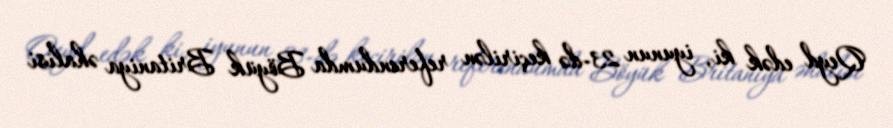
Qeyd edək ki, iyunun 23-də keçirilən referendumda Böyük Britaniya əhalisi